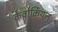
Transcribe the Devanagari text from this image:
केवोर्कियन